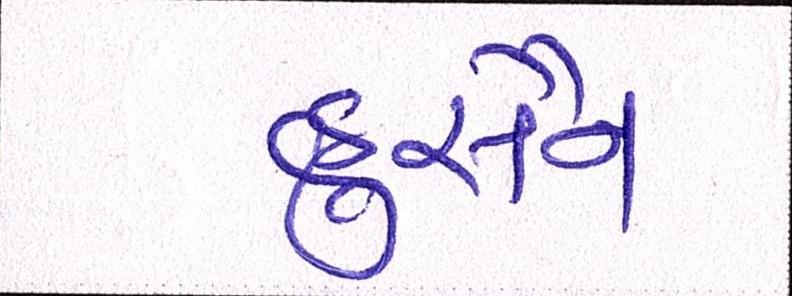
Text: હુસૈને